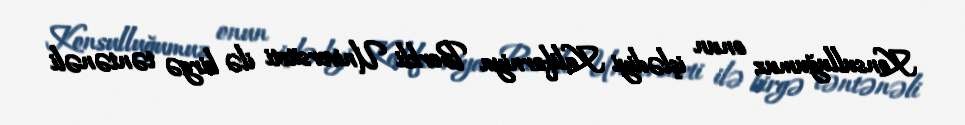
Konsulluğumuz onun işlədiyi Kaliforniya Berkli Universiteti ilə birgə təntənəli